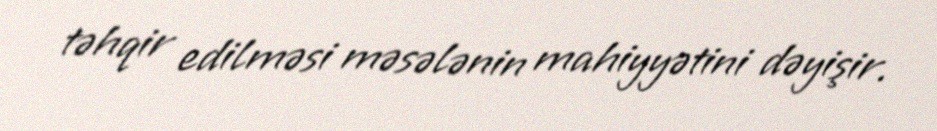
təhqir edilməsi məsələnin mahiyyətini dəyişir.